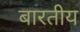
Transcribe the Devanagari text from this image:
बारतीय